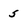
Character: S